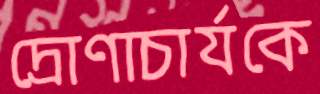
দ্রোণাচার্যকে